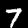
Label: 7